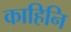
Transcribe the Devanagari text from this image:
काहिनि